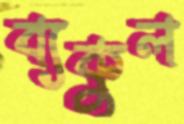
ব্যকুল